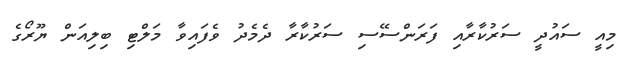
މިއީ ސައުދީ ސަރުކާރާއި ފަރަންސޭސި ސަރުކާރާ ދެމެދު ވެފައިވާ މަލްޓި ބިލިއަން ޔޫރޯގެ